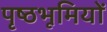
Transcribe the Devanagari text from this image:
पृष्‍ठभूमियों